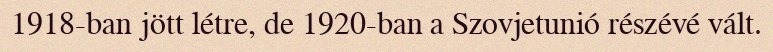
1918-ban jött létre, de 1920-ban a Szovjetunió részévé vált.